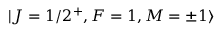
| J = 1 / 2 ^ { + } , F = 1 , M = \pm 1 \rangle